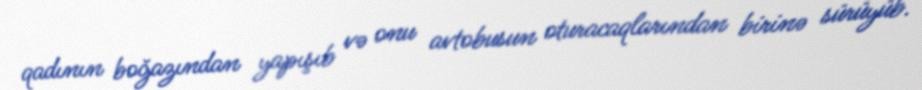
qadının boğazından yapışıb və onu avtobusun oturacaqlarından birinə sürüyüb.